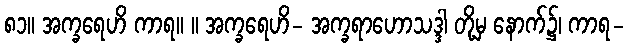
၈၁။ အက္ခရေဟိ ကာရ။ ။ အက္ခရေဟိ- အက္ခရာဟောသဒ္ဒါ တို့မှ နောက်၌၊ ကာရ-